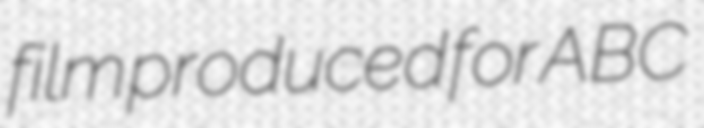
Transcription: film produced for ABC